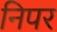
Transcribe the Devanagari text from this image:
निपर